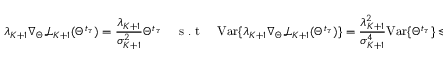
\lambda _ { K + 1 } \nabla _ { \Theta } \mathcal { L } _ { K + 1 } ( \Theta ^ { t _ { \tau } } ) = \frac { \lambda _ { K + 1 } } { \sigma _ { K + 1 } ^ { 2 } } \Theta ^ { t _ { \tau } } \quad \mathrm { ~ s ~ . ~ t ~ } \quad \mathrm { V a r } \{ \lambda _ { K + 1 } \nabla _ { \Theta } \mathcal { L } _ { K + 1 } ( \Theta ^ { t _ { \tau } } ) \} = \frac { \lambda _ { K + 1 } ^ { 2 } } { \sigma _ { K + 1 } ^ { 4 } } \mathrm { V a r } \{ \Theta ^ { t _ { \tau } } \} \leqslant \frac { 1 } { \sigma _ { K + 1 } ^ { 2 } } \mathrm { V a r } \{ \Theta ^ { t _ { \tau } } \}